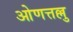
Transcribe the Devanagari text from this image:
ओणत्तल्लु